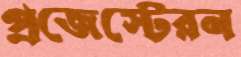
প্রজেস্টেরন